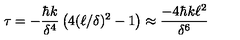
\tau = - { \frac { \hbar k } { \delta ^ { 4 } } } \left( 4 ( \ell / \delta ) ^ { 2 } - 1 \right) \approx { \frac { - 4 \hbar k \ell ^ { 2 } } { \delta ^ { 6 } } }